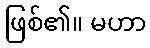
ဖြစ်၏။ မဟာ